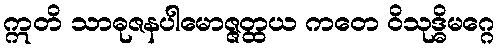
ဣတိ သာဓုဇနပါမောဇ္ဇတ္ထယ ကတေ ဝိသုဒ္ဓိမဂ္ဂေ